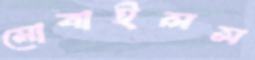
মোবাইলস